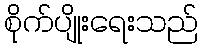
စိုက်ပျိုးရေးသည်